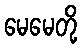
မေမေတို့